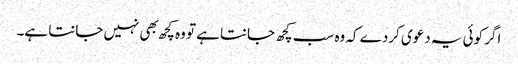
اگر کوئی یہ دعوی کردے کہ وه سب کچھ جانتا ہے تو وه کچھ بهی نہیں جانتا ہے۔